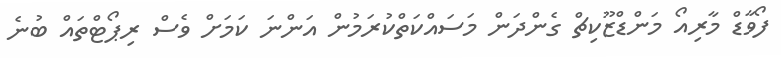
ފޯވާޑް މާރިއޯ މަންޑްޒޫކިޗް ގެންދަން މަސައްކަތްކުރަމުން އަންނަ ކަމަށް ވެސް ރިޕޯޓްތައް ބުނެ